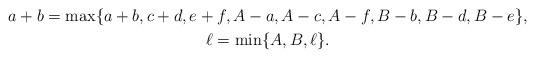
LaTeX: \begin{gather*}a+b = \max \{ a+b, c+d, e+f,A -a, A -c, A -f,B -b, B -d, B -e\}, \\\ell = \min \{ A, B, \ell \}.\end{gather*}